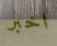
اخبر